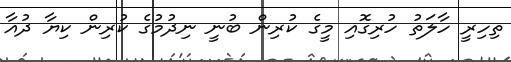
ތިހިރީ ހާލަތު ހުރިގޮއި މީގެ ކުރިން ބުނީ ނިދުމުގެ ކުރިން ކިޔާ ދުއާ